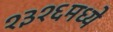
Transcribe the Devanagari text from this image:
१३१६मध्ये